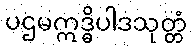
ပဌမဣဒ္ဓိပါဒသုတ္တံ